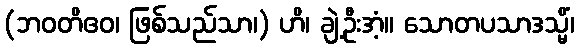
(ဘဝတိဧဝ၊ ဖြစ်သည်သာ၊) ဟိ၊ ချဲ့ဦးအံ့။ သောတပသာဒသ္မိံ၊